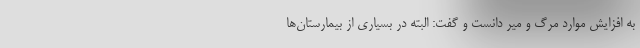
به افزایش موارد مرگ و میر دانست و گفت: البته در بسیاری از بیمارستان‌ها